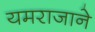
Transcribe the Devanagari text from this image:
यमराजाने